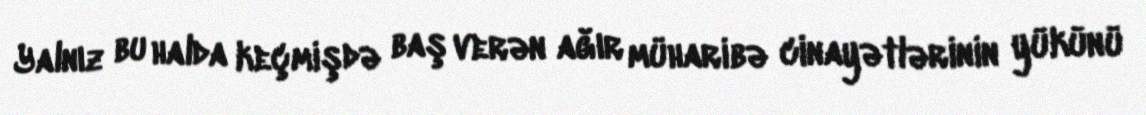
Yalnız bu halda keçmişdə baş verən ağır müharibə cinayətlərinin yükünü